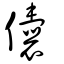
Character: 儾